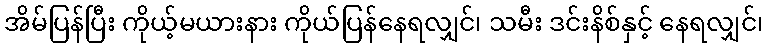
အိမ်ပြန်ပြီး ကိုယ့်မယားနား ကိုယ်ပြန်နေရလျှင်၊ သမီး ဒင်းနိစ်နှင့် နေရလျှင်၊